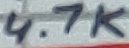
Text: 4.7K